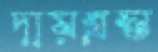
দায়গ্রস্ত